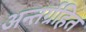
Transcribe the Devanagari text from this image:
अन्तर्ग्रहित